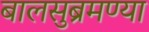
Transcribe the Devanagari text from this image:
बालसुब्रमण्या